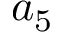
a _ { 5 }